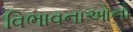
વિભાવનાઓનો